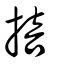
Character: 掊